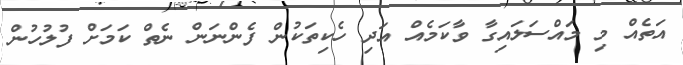
އަތެއް މި މައްސަލައިގާ ވާކަމެއް އަދި ހެކިތަކުން ފެންނަން ނެތް ކަމަށް ފުލުހުން